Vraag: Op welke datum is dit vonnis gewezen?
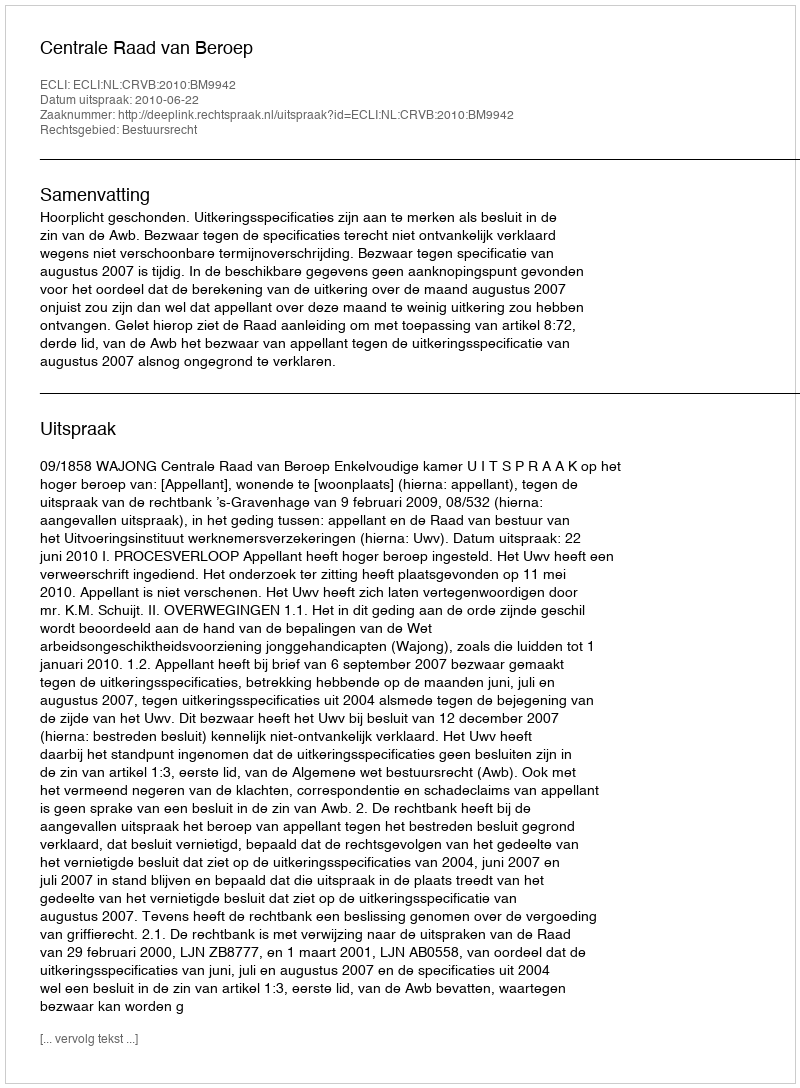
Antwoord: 2010-06-22